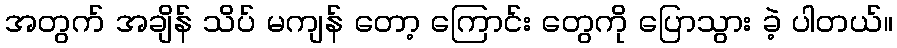
အတွက် အချိန် သိပ် မကျန် တော့ ကြောင်း တွေကို ပြောသွား ခဲ့ ပါတယ်။